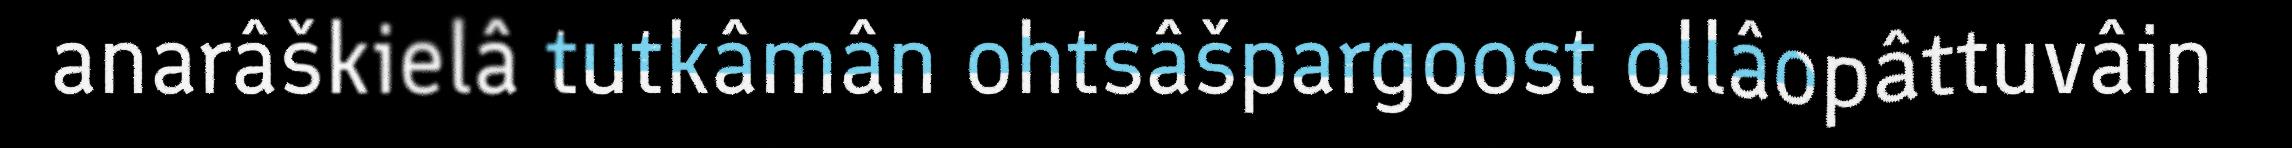
anarâškielâ tutkâmân ohtsâšpargoost ollâopâttuvâin